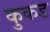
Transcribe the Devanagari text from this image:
कुकड